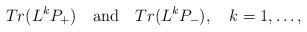
LaTeX: \begin{align*}Tr(L^kP_{+}) \quad \mbox{and} \quad Tr(L^kP_{-}), \quad k=1,\ldots,\end{align*}